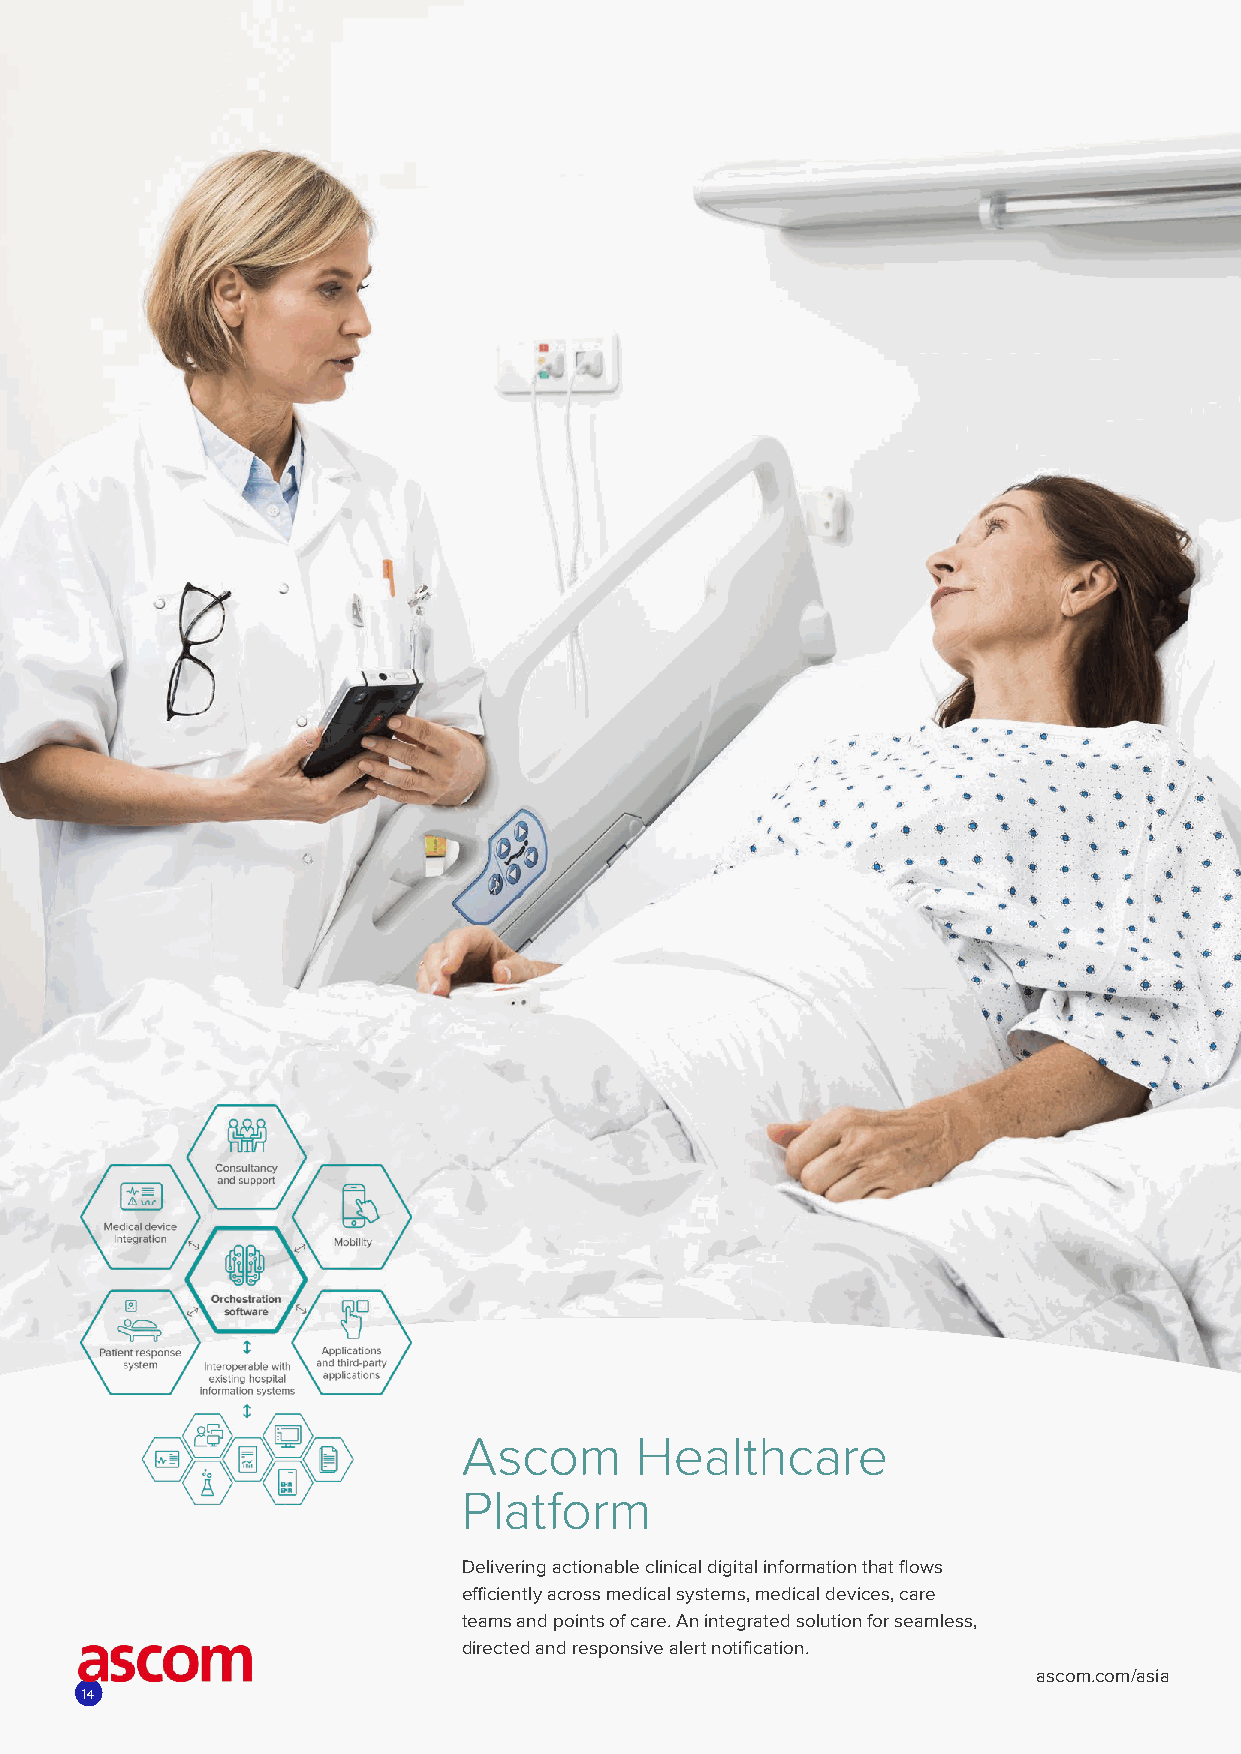
Ascom      Healthcare
 Platform
 Delivering actionable clinical digital information that flows
 efficiently across medical systems, medical devices, care
 teams and points of care. An integrated solution for seamless,
 directed and responsive alert notification.
 ascom.com/asia
 14
 22002211__HHIIMMMMSS__AAdd__221100xx229977__vveerrttiiccaall__AA44..iinndddd 11 0088--JJuull--2211 33::4477::3355 PPMM